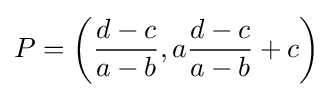
P=\left({\frac {d-c}{a-b}},a{\frac {d-c}{a-b}}+c\right)